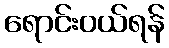
ရောင်းဝယ်ရန်